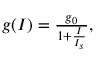
\begin{array} { r } { g ( I ) = \frac { g _ { 0 } } { 1 + \frac { I } { I _ { s } } } , } \end{array}